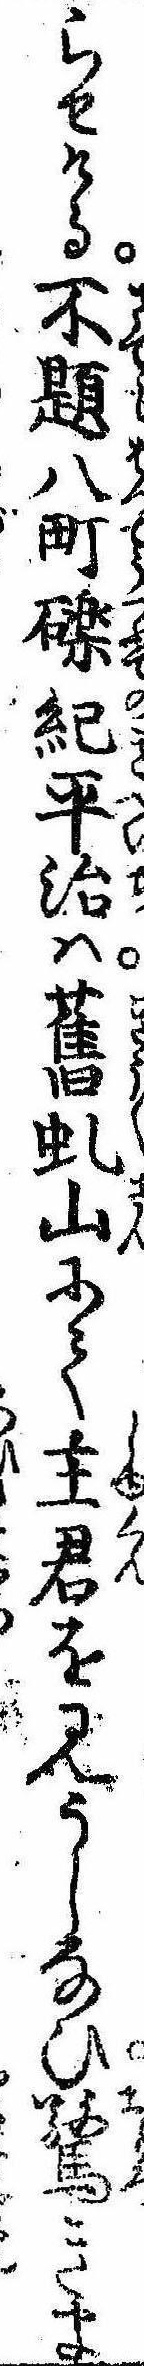
らせける不題八町礫紀平治は旧虬山にて主君を見うしなひ驚きま